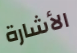
الأشارة